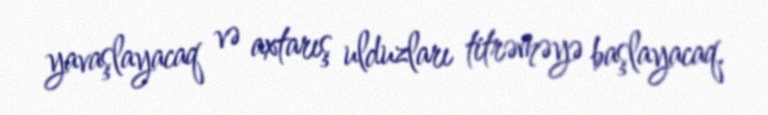
yavaşlayacaq və axtarış ulduzları titrəməyə başlayacaq.